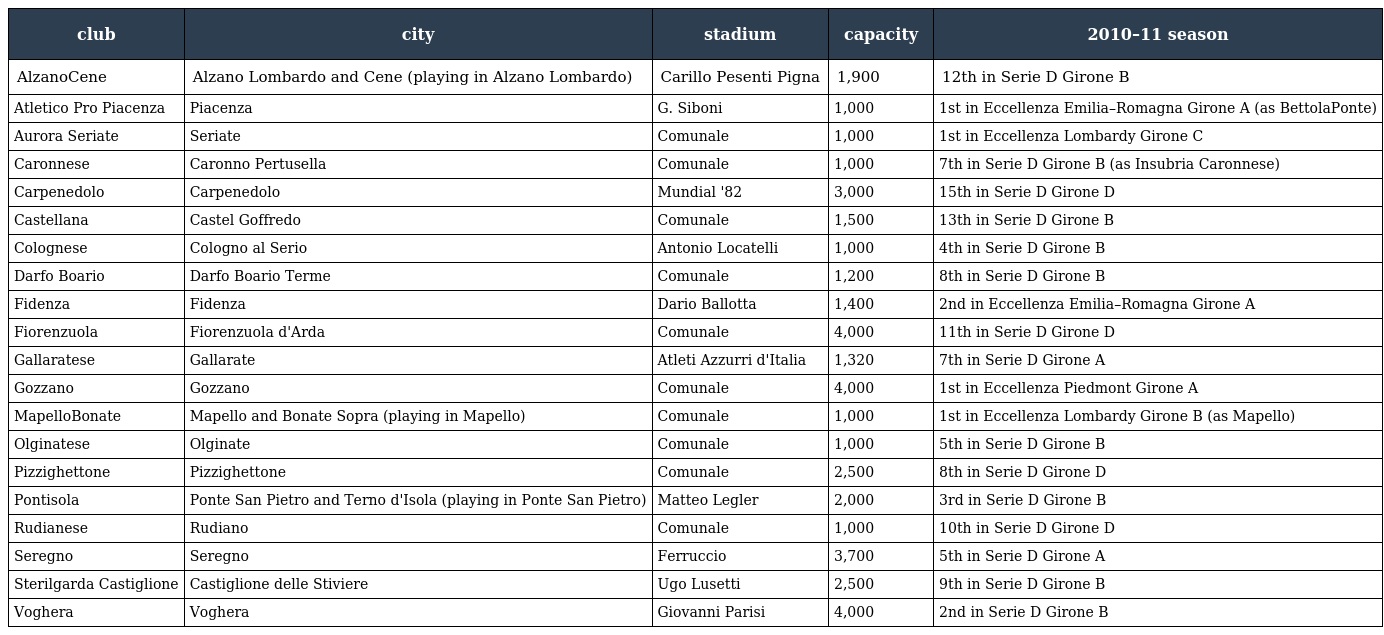
| club | city | stadium | capacity | 2010–11 season |
 | --- | --- | --- | --- | --- |
 | AlzanoCene | Alzano Lombardo and Cene (playing in Alzano Lombardo) | Carillo Pesenti Pigna | 1,900 | 12th in Serie D Girone B |
 | Atletico Pro Piacenza | Piacenza | G. Siboni | 1,000 | 1st in Eccellenza Emilia–Romagna Girone A (as BettolaPonte) |
 | Aurora Seriate | Seriate | Comunale | 1,000 | 1st in Eccellenza Lombardy Girone C |
 | Caronnese | Caronno Pertusella | Comunale | 1,000 | 7th in Serie D Girone B (as Insubria Caronnese) |
 | Carpenedolo | Carpenedolo | Mundial '82 | 3,000 | 15th in Serie D Girone D |
 | Castellana | Castel Goffredo | Comunale | 1,500 | 13th in Serie D Girone B |
 | Colognese | Cologno al Serio | Antonio Locatelli | 1,000 | 4th in Serie D Girone B |
 | Darfo Boario | Darfo Boario Terme | Comunale | 1,200 | 8th in Serie D Girone B |
 | Fidenza | Fidenza | Dario Ballotta | 1,400 | 2nd in Eccellenza Emilia–Romagna Girone A |
 | Fiorenzuola | Fiorenzuola d'Arda | Comunale | 4,000 | 11th in Serie D Girone D |
 | Gallaratese | Gallarate | Atleti Azzurri d'Italia | 1,320 | 7th in Serie D Girone A |
 | Gozzano | Gozzano | Comunale | 4,000 | 1st in Eccellenza Piedmont Girone A |
 | MapelloBonate | Mapello and Bonate Sopra (playing in Mapello) | Comunale | 1,000 | 1st in Eccellenza Lombardy Girone B (as Mapello) |
 | Olginatese | Olginate | Comunale | 1,000 | 5th in Serie D Girone B |
 | Pizzighettone | Pizzighettone | Comunale | 2,500 | 8th in Serie D Girone D |
 | Pontisola | Ponte San Pietro and Terno d'Isola (playing in Ponte San Pietro) | Matteo Legler | 2,000 | 3rd in Serie D Girone B |
 | Rudianese | Rudiano | Comunale | 1,000 | 10th in Serie D Girone D |
 | Seregno | Seregno | Ferruccio | 3,700 | 5th in Serie D Girone A |
 | Sterilgarda Castiglione | Castiglione delle Stiviere | Ugo Lusetti | 2,500 | 9th in Serie D Girone B |
 | Voghera | Voghera | Giovanni Parisi | 4,000 | 2nd in Serie D Girone B |